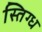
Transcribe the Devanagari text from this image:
स्तिग्ध